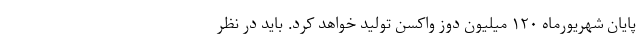
پایان شهریورماه ۱۲۰ میلیون دوز واکسن تولید خواهد کرد. باید در نظر